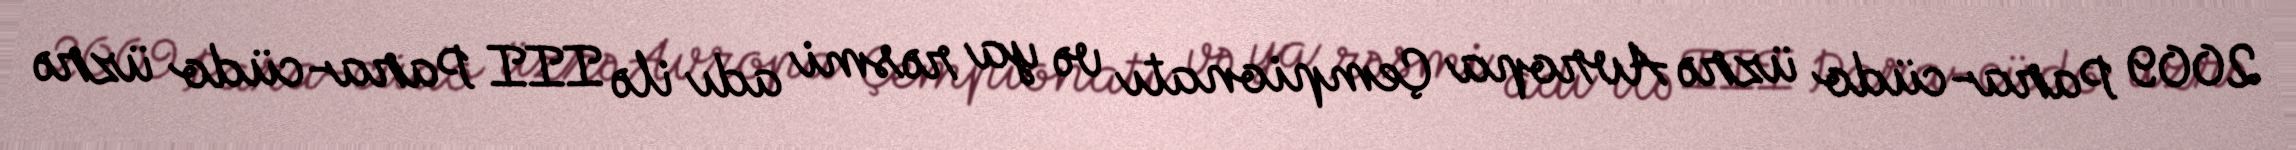
2009 Para-cüdo üzrə Avropa Çempionatı və ya rəsmi adı ilə III Para-cüdo üzrə